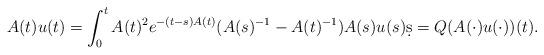
LaTeX: \begin{align*}A(t)u(t) = \int_0^t A(t)^2 e^{-(t-s)A(t)} (A(s)^{-1} - A(t)^{-1}) A(s) u(s) \d s = Q(A(\cdot)u(\cdot))(t).\end{align*}